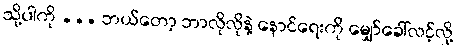
သို့ပါကို ... ဘယ်တော့ ဘာလိုလိုနဲ့ နောင်ရေးကို မျှော်ခေါ်လင့်လို့